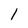
Character: 1